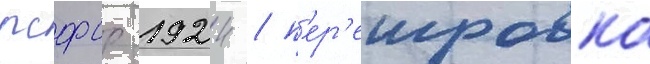
рсфср 1924 / п'ер'еигровка